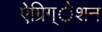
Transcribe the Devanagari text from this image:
ऐग्रिग्‌ेशन